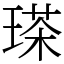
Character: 𤨓